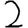
Digit: 2